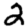
Digit: 2